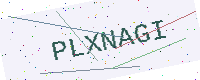
Text: PLXNAGI